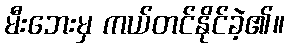
မီးဘေးမှ ကယ်တင်နိုင်ခဲ့၏။